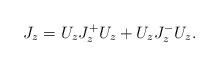
LaTeX: \begin{align*}J_z=U_zJ^{+}_zU_z+U_zJ_z^{-}U_z.\end{align*}